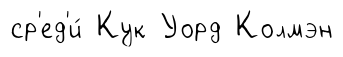
ср'ед'и́ Кук Уорд Колмэн